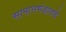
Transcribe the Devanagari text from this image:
सामानभंडाराचे